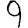
Digit: 9